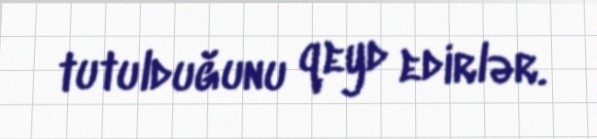
tutulduğunu qeyd edirlər.